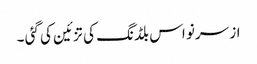
از سرنو اس بلڈنگ کی تزئین کی گئی ۔